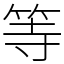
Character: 等